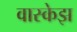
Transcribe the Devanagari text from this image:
वास्केझ